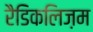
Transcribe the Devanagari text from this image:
रैडिकलिज़म